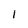
Character: 1